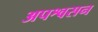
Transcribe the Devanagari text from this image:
अपश्वसन